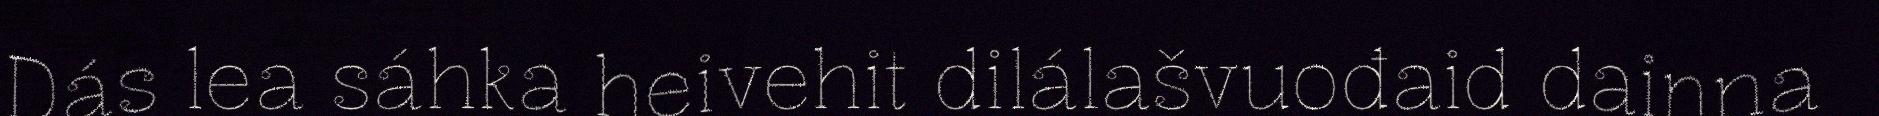
Dás lea sáhka heivehit dilálašvuođaid dainna